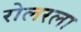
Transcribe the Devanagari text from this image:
रोलरला